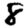
Digit: 8